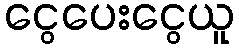
ငွေပေးငွေယူ